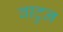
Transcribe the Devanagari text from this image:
वाटुन